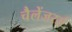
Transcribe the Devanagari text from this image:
चैलेंजरर्स